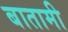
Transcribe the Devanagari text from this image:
बातामी